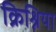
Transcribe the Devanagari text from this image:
क्रिश्निया